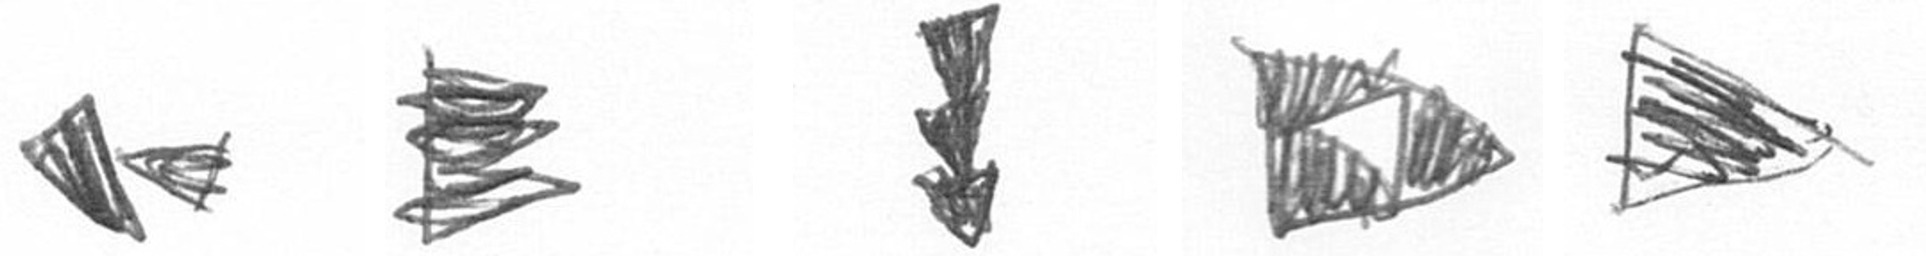
F H E K T